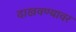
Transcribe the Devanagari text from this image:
दाखवण्यावर